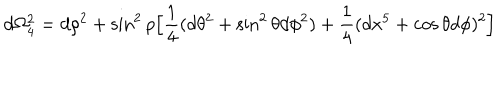
d \Omega _ { 4 } ^ { 2 } = d \rho ^ { 2 } + \sin ^ { 2 } \rho \Big [ { \frac { 1 } { 4 } } ( d \theta ^ { 2 } + \sin ^ { 2 } \theta d \phi ^ { 2 } ) + { \frac { 1 } { 4 } } ( d x ^ { 5 } + \cos \theta d \phi ) ^ { 2 } \Big ]